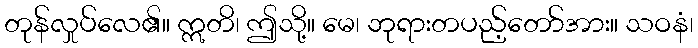
တုန်လှုပ်လေ၏။ ဣတိ၊ ဤသို့။ မေ၊ ဘုရားတပည့်တော်အား။ သဝနံ၊